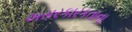
અસરકારકતાના